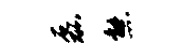
磊熊